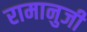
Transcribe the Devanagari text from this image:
रामानुजी